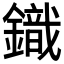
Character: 𮢿